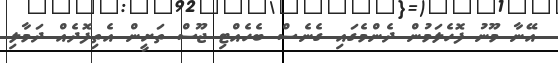
އޭނާ މޫނު ފޮހެލަމުން ދެންމެގައި ގެނެސް ބެހެއްޓި ޖޫސް ތަށީން އެތިފޮދެއް ދަމާލި